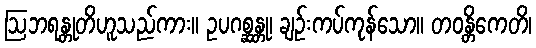
ဩဘရန္တုတိဟူသည်ကား။ ဥပဂစ္ဆန္တု၊ ချဉ်းကပ်ကုန်သော။ တဝန္တိကေတိ၊